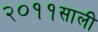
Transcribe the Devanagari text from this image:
२०११साली